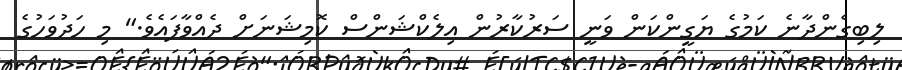
ލިބިގެންދާނެ ކަމުގެ ޔަގީންކަން ވަނީ ސަރުކާރުން އިލެކްޝަންސް ކޮމިޝަނަށް ދެއްވާފައެވެ." މި ހަދުވަހުގެ